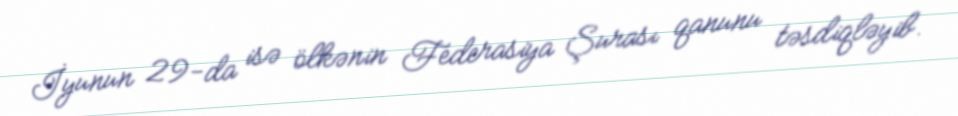
İyunun 29-da isə ölkənin Federasiya Şurası qanunu təsdiqləyib.